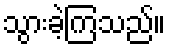
သွားခဲ့ကြသည်။